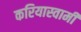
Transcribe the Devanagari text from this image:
करियास्वामी